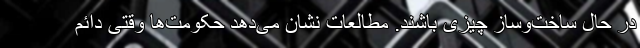
در حال ساخت‌وساز چیزی باشند. مطالعات نشان می‌دهد حکومت‌ها وقتی دائم